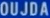
OUJDA